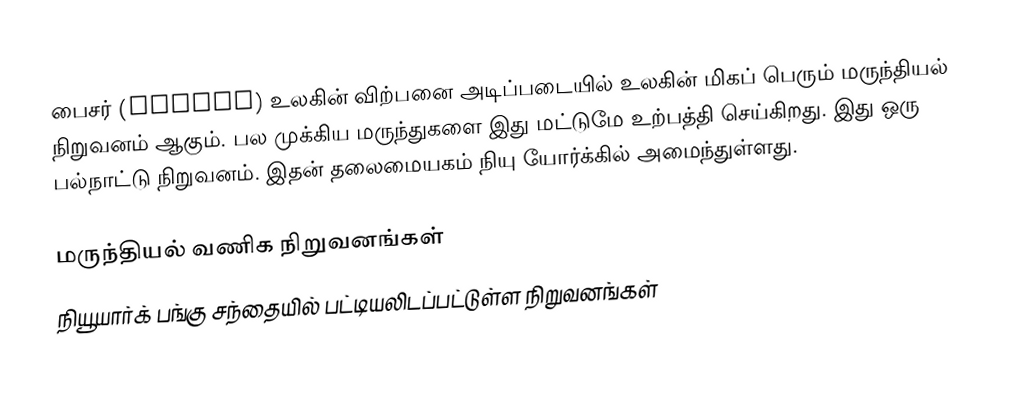
பைசர் (Pfizer) உலகின் விற்பனை அடிப்படையில் உலகின் மிகப் பெரும் மருந்தியல் நிறுவனம் ஆகும். பல முக்கிய மருந்துகளை இது மட்டுமே உற்பத்தி செய்கிறது. இது ஒரு பல்நாட்டு நிறுவனம். இதன் தலைமையகம் நியு யோர்க்கில் அமைந்துள்ளது.

மருந்தியல் வணிக நிறுவனங்கள்
நியூயார்க் பங்கு சந்தையில் பட்டியலிடப்பட்டுள்ள நிறுவனங்கள்